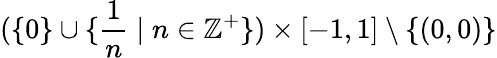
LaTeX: (\{ 0\} \cup\{ {\frac{1}{n}}\mid n\in\mathbb{Z}^{+}\} )\times[-1,1]\setminus\{ (0,0)\}